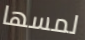
لمسها